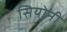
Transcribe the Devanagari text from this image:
सियोनी